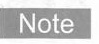
Note